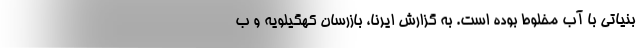
بنیاتی با آب مخلوط بوده است. به گزارش ایرنا، بازرسان کهگیلویه و ب